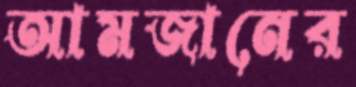
আমজানের